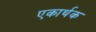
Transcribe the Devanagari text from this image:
एकार्थक